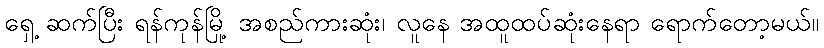
ရှေ့ ဆက်ပြီး ရန်ကုန်မြို့ အစည်ကားဆုံး၊ လူနေ အထူထပ်ဆုံးနေရာ ရောက်တော့မယ်။